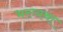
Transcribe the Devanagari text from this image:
भरव्यथा